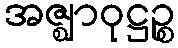
အဇ္ဈာဝုဋ္ဌဉ္စ